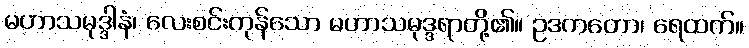
မဟာသမုဒ္ဒါနံ၊ လေးစင်းကုန်သော မဟာသမုဒ္ဒရာတို့၏။ ဥဒကတော၊ ရေထက်။